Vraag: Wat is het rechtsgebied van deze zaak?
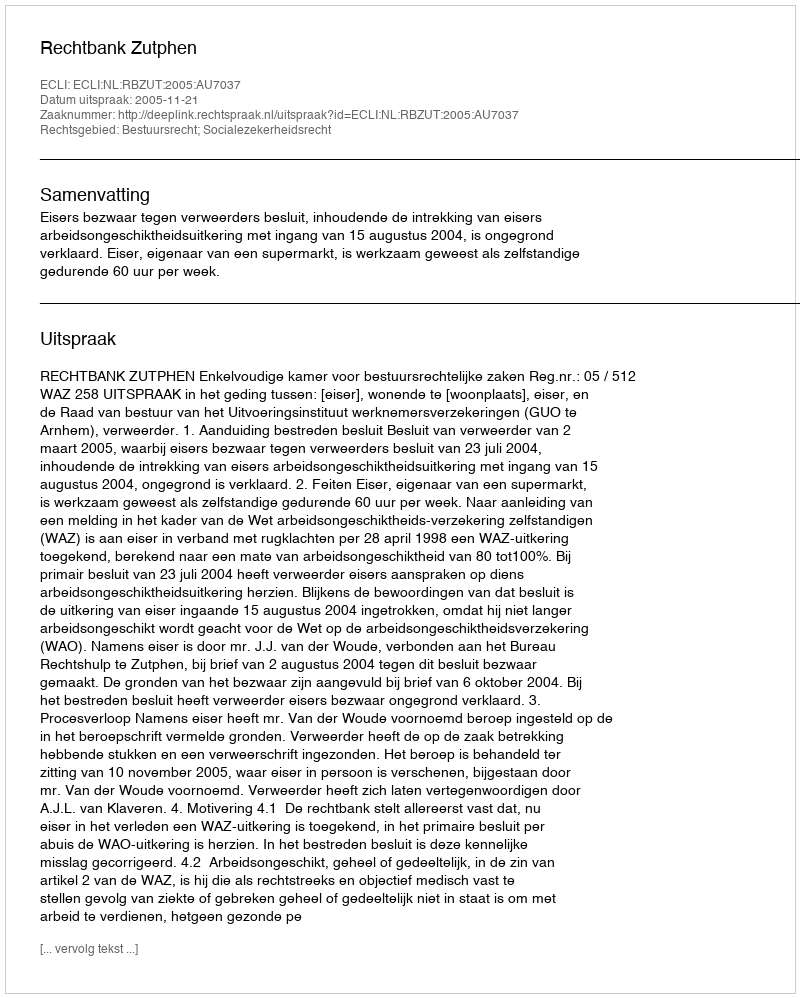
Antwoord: Bestuursrecht; Socialezekerheidsrecht